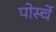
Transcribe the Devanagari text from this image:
पोर्स्चे